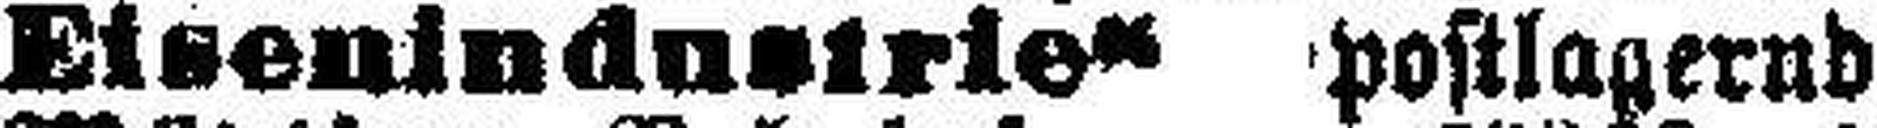
Eisenindusirte“ postlagernd